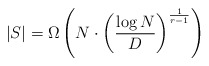
\begin{align*}|S| = \Omega\left( N \cdot \left( \frac{\log N}{ D} \right)^{\frac{1}{r-1}} \right)\end{align*}